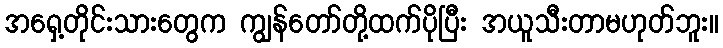
အရှေ့တိုင်းသားတွေက ကျွန်တော်တို့ထက်ပိုပြီး အယူသီးတာမဟုတ်ဘူး။